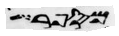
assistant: מספר